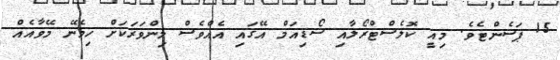
15 ޕަސެންޓެވެ. މިއީ ކޮލެސްޓްރޯލާއި ސޯޑިއަމް އޭގައި އެއްވެސް މިންވަރަކަށް ހިމެނޭ މޭވާއެއް